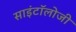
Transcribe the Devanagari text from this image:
साइंटॉलोजी